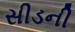
સીડની